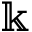
\Bbbk